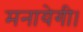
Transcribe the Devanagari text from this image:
मनायेगी।